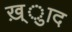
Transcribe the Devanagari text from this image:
ख़्ुाद